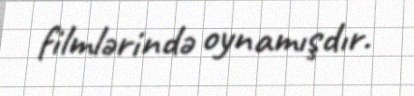
filmlərində oynamışdır.